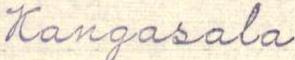
Kangasala